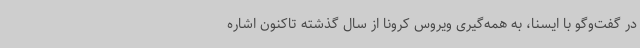
در گفت‌وگو با ایسنا، به همه‌گیری ویروس کرونا از سال گذشته تاکنون اشاره